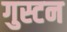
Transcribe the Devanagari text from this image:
गुस्टन